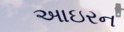
આઇરન